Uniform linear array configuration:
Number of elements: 48
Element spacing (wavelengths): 1
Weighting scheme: hann
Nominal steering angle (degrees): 0
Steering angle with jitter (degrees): -0.9231
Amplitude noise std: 0.05
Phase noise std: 0.05

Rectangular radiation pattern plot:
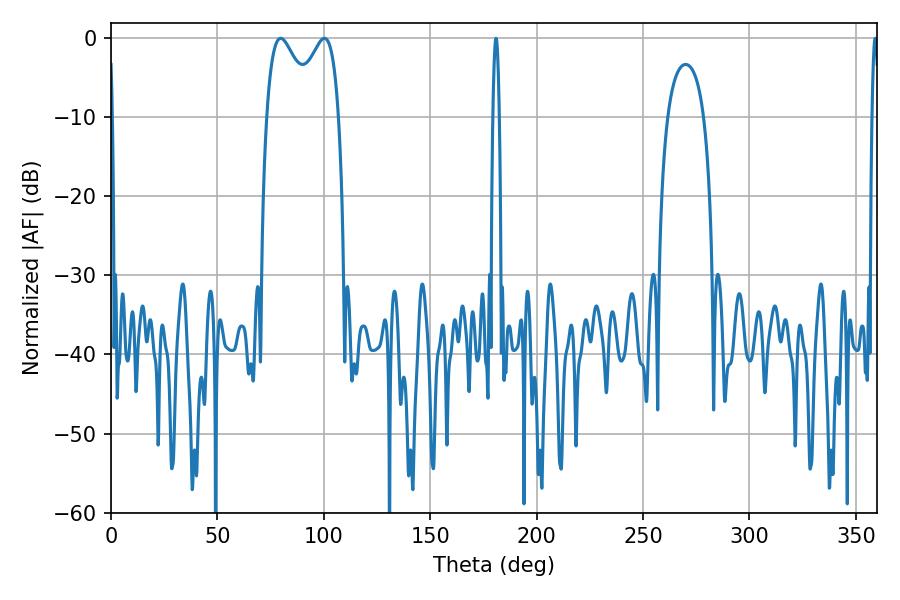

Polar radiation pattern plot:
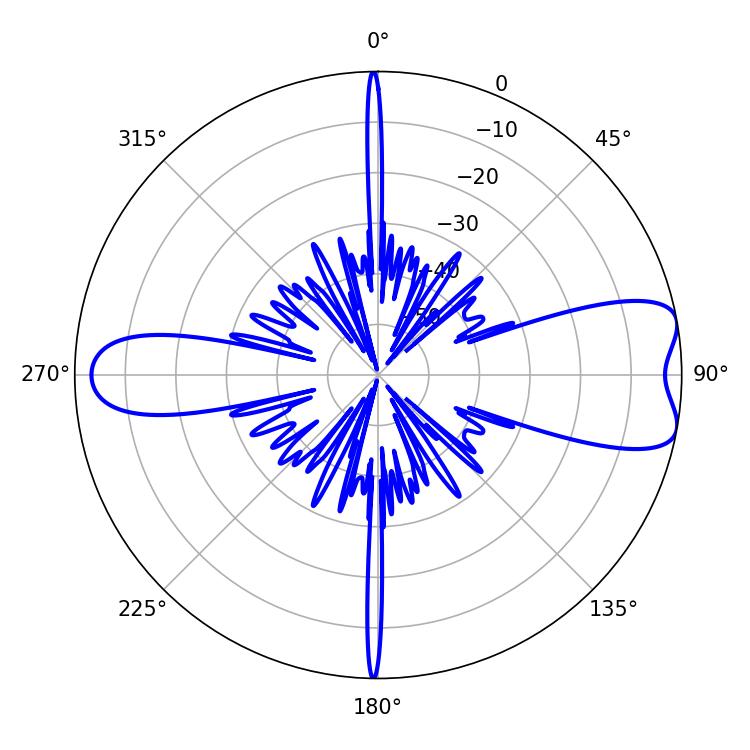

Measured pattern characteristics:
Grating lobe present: TRUE
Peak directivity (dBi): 8.419
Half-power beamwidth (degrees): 12.24
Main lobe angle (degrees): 79.74